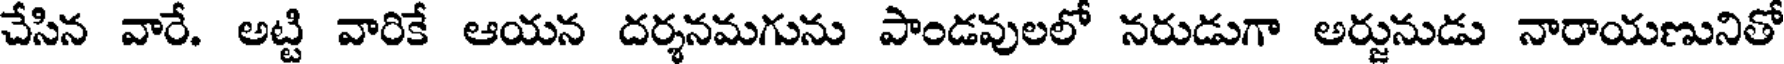
చేసిన వారే. అట్టి వారికే ఆయన దర్శనమగును పాండవులలో నరుడుగా అర్జునుడు నారాయణునితో